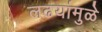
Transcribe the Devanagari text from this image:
लढयांमुळे